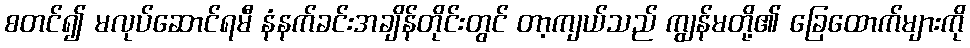
စတင်၍ မလုပ်ဆောင်ရမီ နံနက်ခင်းအချိန်တိုင်းတွင် တာ့ကျယ်သည် ကျွန်မတို့၏ ခြေထောက်များကို